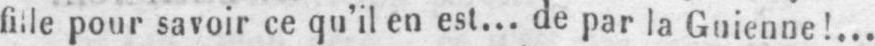
fille pour savoir ce qu’il en est... de par la Guienne!...